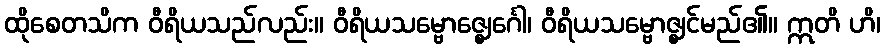
ထိုစေတသိက ဝီရိယသည်လည်း။ ဝီရိယသမ္ဗောဇ္ဈေင်္ဂေါ၊ ဝီရိယသမ္ဗောဇ္ဈင်မည်၏။ ဣတိ ဟိ၊